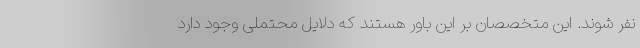
نفر شوند. این متخصصان بر این باور هستند که دلایل محتملی وجود دارد